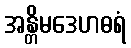
အန္တိမဒေဟဓရံ